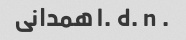
. l. d. n همدانی